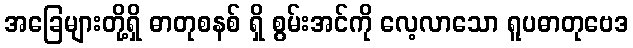
အခြေများတို့ရှိ ဓာတုစနစ် ရှိ စွမ်းအင်ကို လေ့လာသော ရူပဓာတုဗေဒ